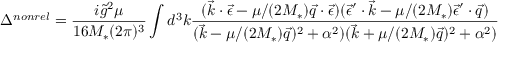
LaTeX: \Delta ^ { n o n r e l } = \frac { i \tilde { g } ^ { 2 } \mu } { 1 6 M _ { * } ( 2 \pi ) ^ { 3 } } \int d ^ { 3 } k \frac { ( \vec { k } \cdot \vec { \epsilon } - \mu / ( 2 M _ { * } ) \vec { q } \cdot \vec { \epsilon } ) ( \vec { \epsilon } ^ { \prime } \cdot \vec { k } - \mu / ( 2 M _ { * } ) \vec { \epsilon } ^ { \prime } \cdot \vec { q } ) } { ( \vec { k } - \mu / ( 2 M _ { * } ) \vec { q } ) ^ { 2 } + \alpha ^ { 2 } ) ( \vec { k } + \mu / ( 2 M _ { * } ) \vec { q } ) ^ { 2 } + \alpha ^ { 2 } ) }